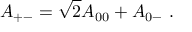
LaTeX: { \cal A } _ { + - } = \sqrt { 2 } { \cal A } _ { 0 0 } + { \cal A } _ { 0 - } ~ .